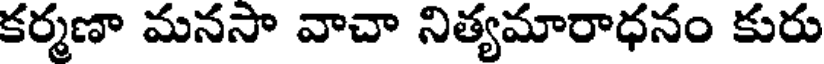
కర్మణా మనసా వాచా నిత్యమారాధనం కురు